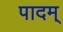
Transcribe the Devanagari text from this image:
पादम्